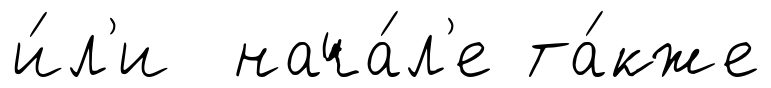
и́л'и нача́л'е та́кже